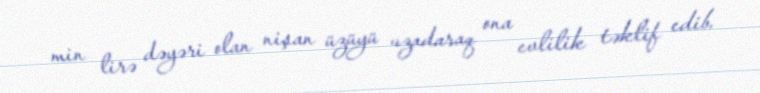
min lirə dəyəri olan nişan üzüyü uzadaraq ona evlilik təklif edib.